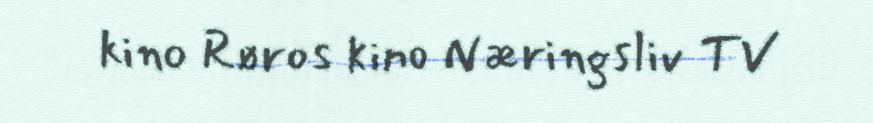
kino Røros kino Næringsliv TV